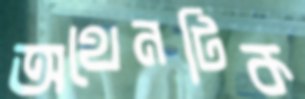
অথেনটিক